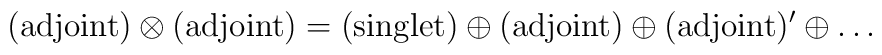
(\textup{adjoint}) \otimes (\textup{adjoint}) = (\textup{singlet}) \oplus (\textup{adjoint}) \oplus (\textup{adjoint})' \oplus \ldots \; \;